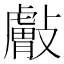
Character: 𰕘